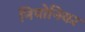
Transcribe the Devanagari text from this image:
निपोनिका